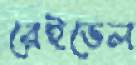
রেইডেল